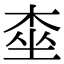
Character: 桽